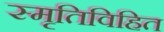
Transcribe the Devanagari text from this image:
स्मृतिविहित